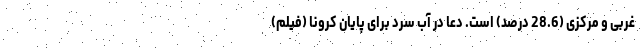
غربی و مرکزی (28.6 درصد) است. دعا در آب سرد برای پایان کرونا (فیلم)